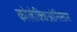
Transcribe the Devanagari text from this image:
कोलेक्किओनिस्तास